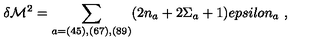
\delta { \cal M } ^ { 2 } = \sum _ { a = ( 4 5 ) , ( 6 7 ) , ( 8 9 ) } ( 2 n _ { a } + 2 \Sigma _ { a } + 1 ) e p s i l o n _ { a } \ ,